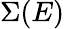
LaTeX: \Sigma(E)